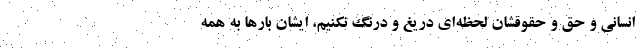
انسانی و حق و حقوقشان لحظه‌ای دریغ و درنگ نکنیم، ایشان بارها به همه